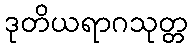
ဒုတိယရာဂသုတ္တ